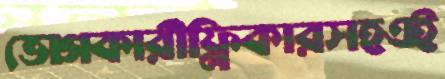
ভোগকারীফ্লিকারসহএই